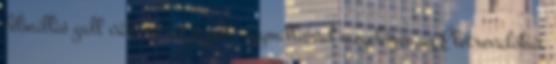
félmillió gall váltott rá jegyet, egymillióval megelőzve az Életrevalókat